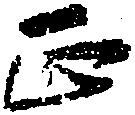
正